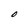
Character: O